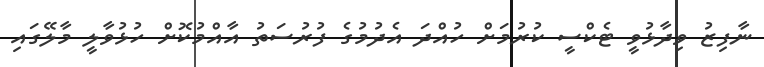
ނާފިޒު ވިދާޅުވީ ޓެކްސީ ކުރުމަށް ހުއްދަ އެދުމުގެ ފުރުސަތު އާއްމުކޮށް ހުޅުވާލީ މާލޭގައި